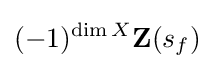
(-1)^{\dim X}\mathbf {Z} (s_{f})